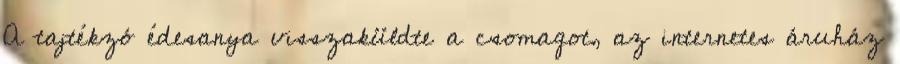
A tajtékzó édesanya visszaküldte a csomagot, az internetes áruház